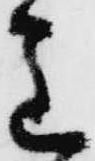
主